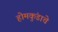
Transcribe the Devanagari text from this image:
होमकुंडाचे